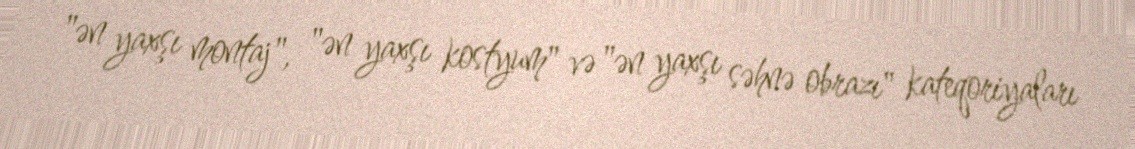
"ən yaxşı montaj", "ən yaxşı kostyum" və "ən yaxşı səhnə obrazı" kateqoriyaları